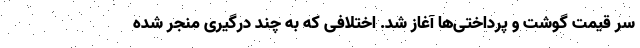
سر قیمت گوشت و پرداختی‌ها آغاز شد. اختلافی که به چند درگیری منجر شده